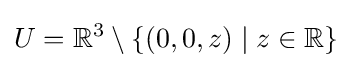
U=\mathbb {R} ^{3}\setminus \{(0,0,z)\mid z\in \mathbb {R} \}